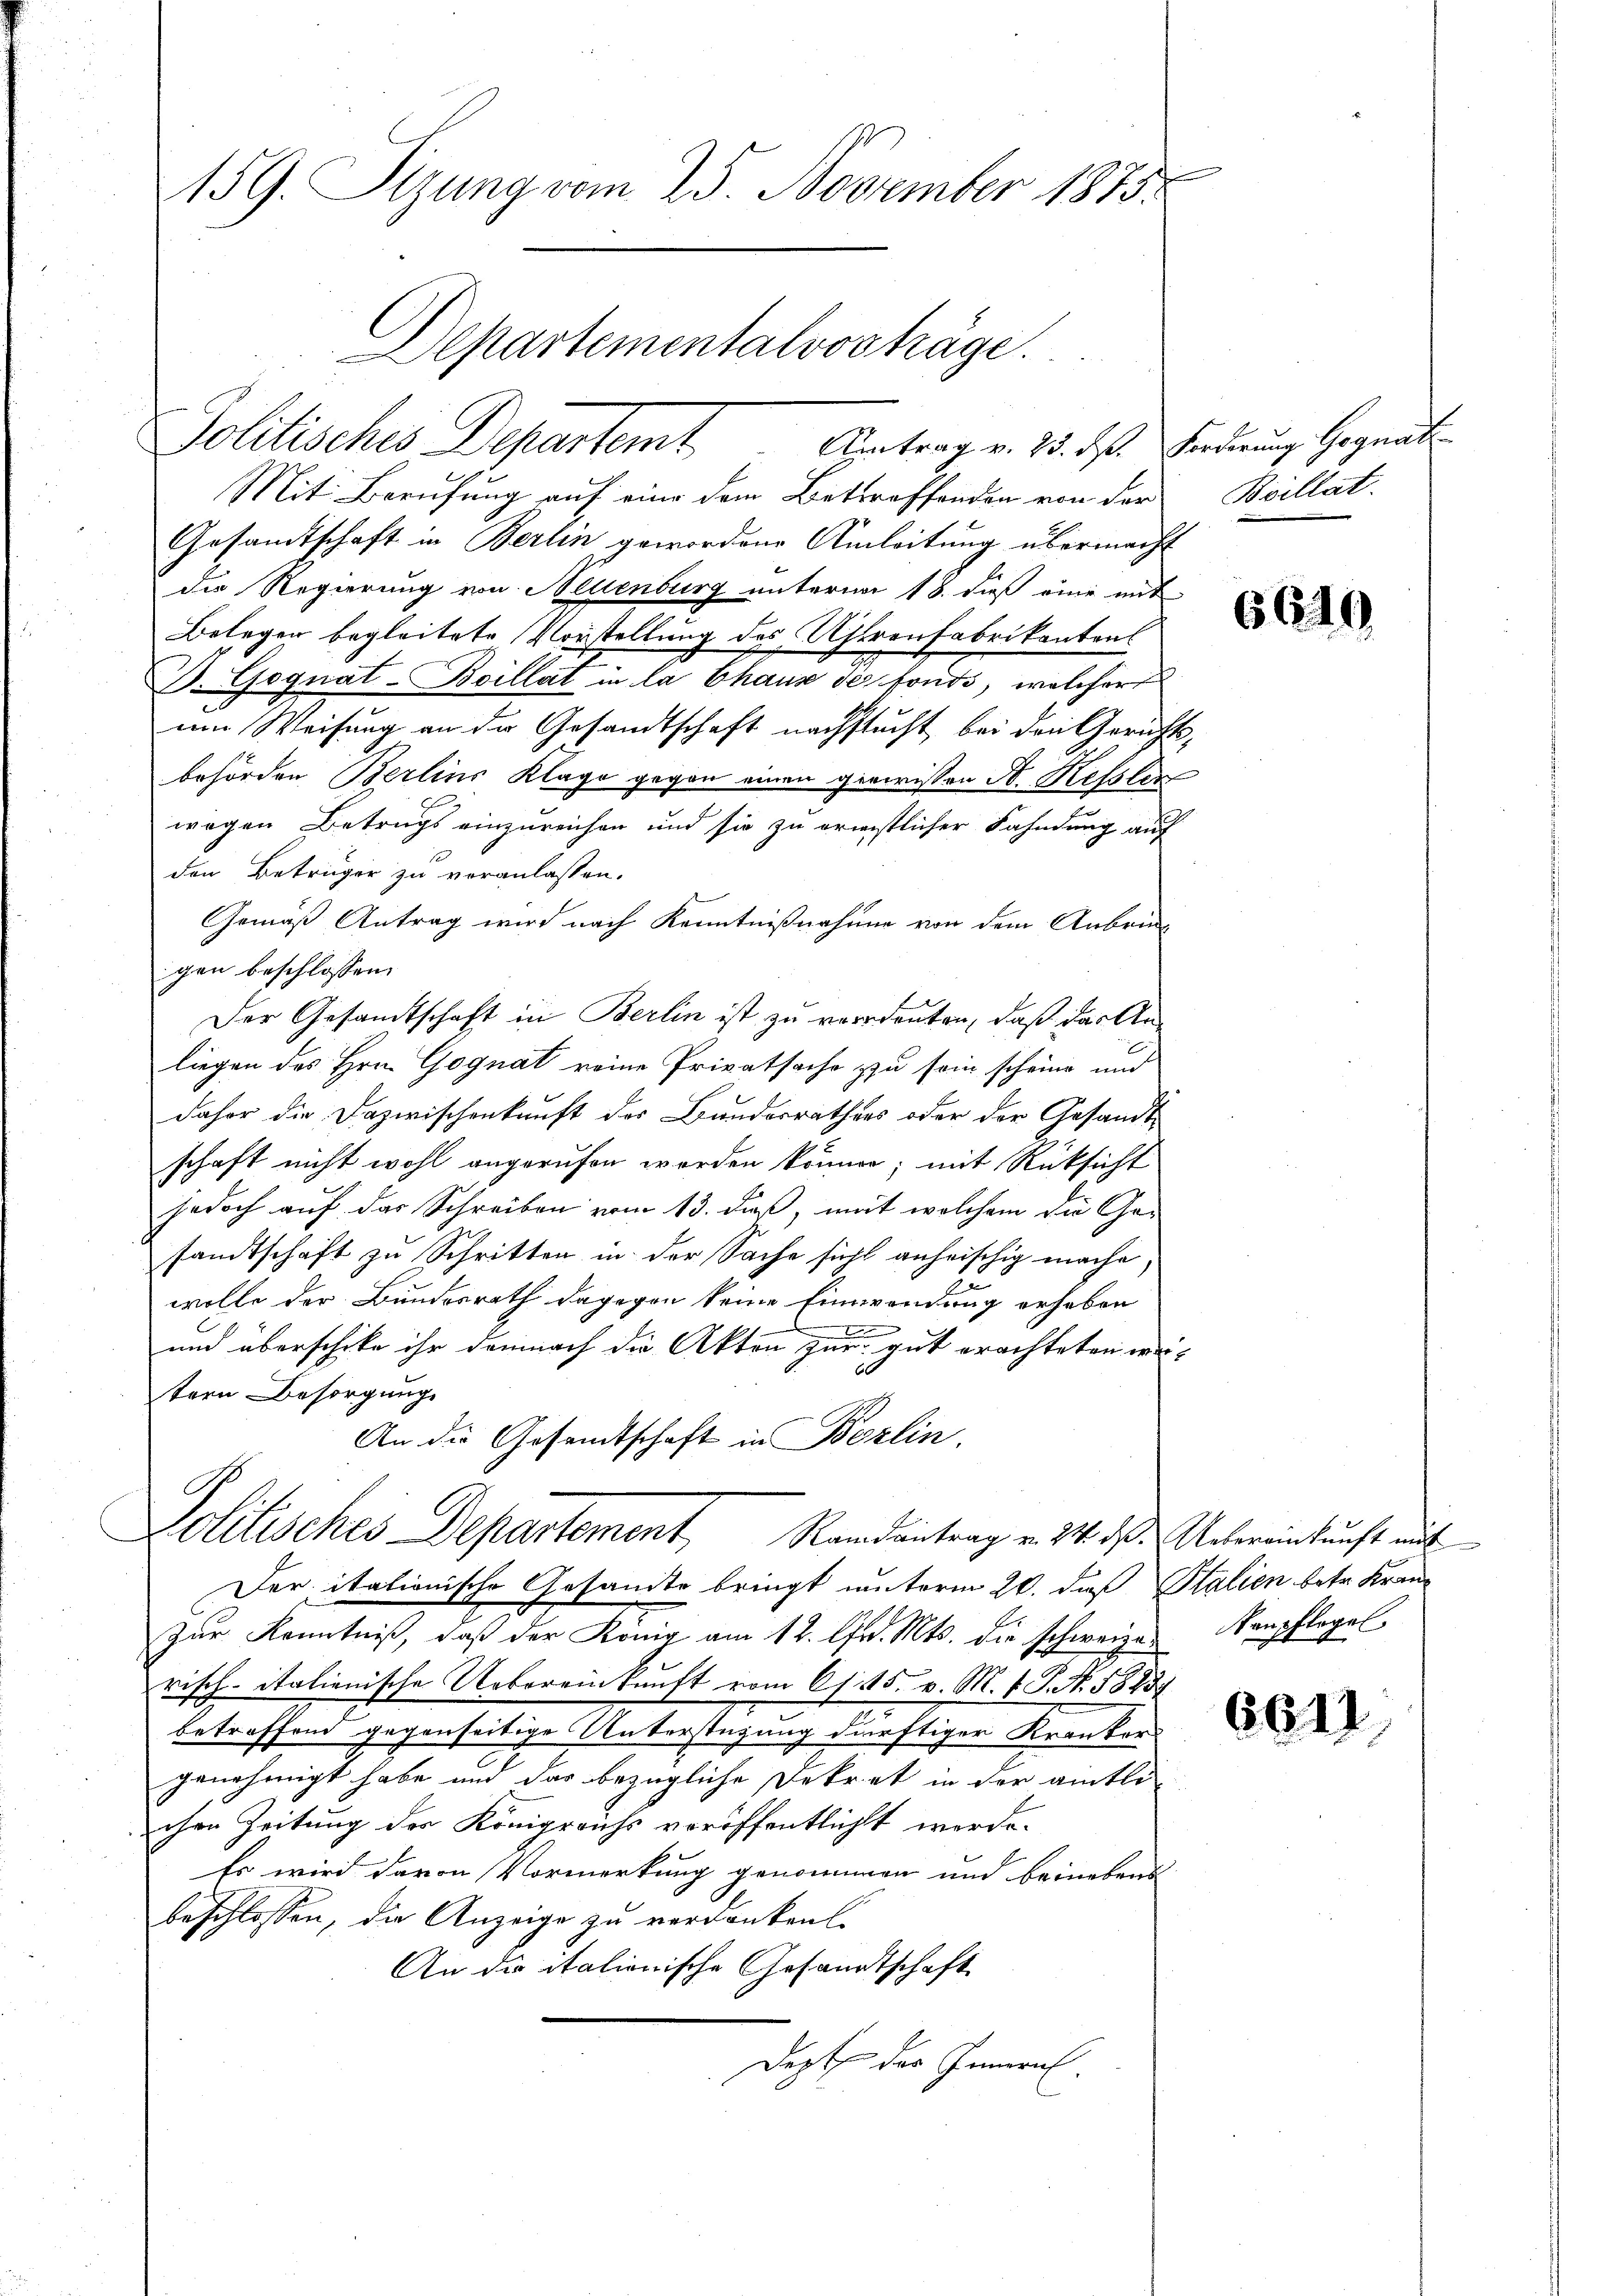
159. Sizung vom 25. November 1875.
Departementalvorträge.

Mit Berufung auf eine dem Betreffenden von der Beillat
Gesamtschaft in Berlin gewordene Anleitung übermacht
die Regierung von Neuenburg unterm 18. dieß eine mit
Belegen begleitete Vorstellung des Uhrenfabrikantons
D. Goquat-Boillat in la Chaus de fonds, welcher
um Weisung an der Gesandtschaft nachstucht, bei den Gerichtsbehörden Berlins Klage gegen einen gewissen St. Kelle
wegen Betrugs einzureichen und sie zu erweistlicher Fahndung auf
1
den Betrüger zu veranlassen.
Gemäß Antrag wird nach Kenntnißnahme von dem Anbrin
gen beschlossen:
Der Gesandtschaft in Berlin ist zu verdenten, daß das Anliegen des Hrn. Gognat reine Privatsache zu sein scheine und
daher die Dazwischenkunft des Bundesrathes oder der Gesandt-
schaft nicht wohl angerufen worden können; mit Rüksicht
jedoch auf das Schreiben vom 13. daß, mit welchem die Gesandtschaft zu Schritten in der Sache sicht anheischig mache,
wolle der Bundesrath dagegen keine Einwendung erhaben
und überschicke ihr demnach die Akten zur gut erachteten wei-
tern Besorgung
An die Gesandtschaft in Berlin.
Lolitisches Departement, Randantrag v. 24. ds. Uebereinkunft mit
Der italionische Gesamte bringt unterm 20. daß Salien betr. Kran¬
Zur Kenntniß, daß der König am 12. Apr. Mts. die schweizerisch-italienische Uebereinkunft vom 21. 25. v. M. v. J. N. 1883
betroffend gegenseitige Unterstüzung dürftiger Kranker
genehmigt habe und das bezügliche Dekret in der amtli
ohre Zeitung der Königreichs veröffentlicht worde.
Es wird davon Vormerkung genommen und beinebend
beschlossen, die Anzeige zu verdanken
An die italionische Gesandtschaft
Dept des Innern.

Politisches Departemt. Antrag v. 15. ds. Forderung Hegnat

6640

Nanpflegel.

6611